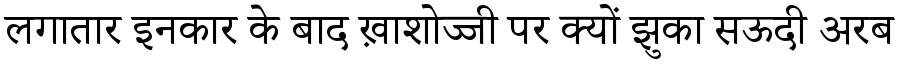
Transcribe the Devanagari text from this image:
लगातार इनकार के बाद ख़ाशोज्जी पर क्यों झुका सऊदी अरब